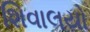
શિવાલયો